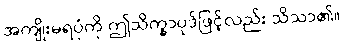
အကျိုးမရပုံကို ဤသိက္ခာပုဒ်ဖြင့်လည်း သိသာ၏။